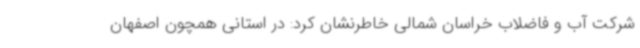
شرکت آب و فاضلاب خراسان شمالی خاطرنشان کرد: در استانی همچون اصفهان